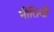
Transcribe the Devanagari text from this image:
नीतियौं